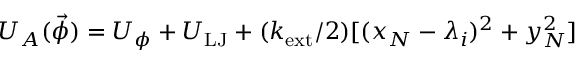
U _ { A } ( \vec { \phi } ) = U _ { \phi } + U _ { \mathrm { L J } } + ( k _ { \mathrm { e x t } } / 2 ) [ ( x _ { N } - \lambda _ { i } ) ^ { 2 } + y _ { N } ^ { 2 } ]